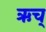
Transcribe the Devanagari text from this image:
ऋच्‌